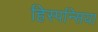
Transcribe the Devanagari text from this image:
हिस्पन्सिया